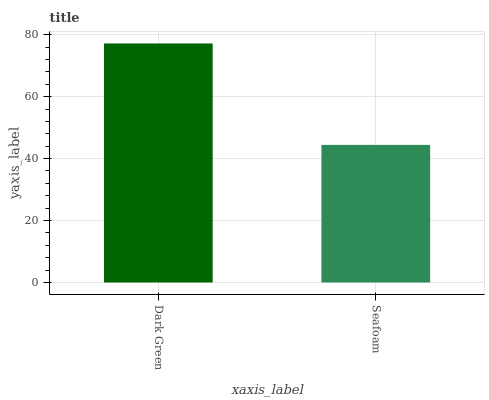
| xaxis_label | bars |
 | --- | --- |
 | Dark Green | 77.2 |
 | Seafoam | 44.4 |